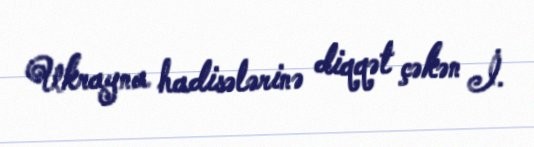
Ukrayna hadisələrinə diqqət çəkən İ.